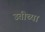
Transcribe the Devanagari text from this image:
उतीच्या